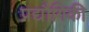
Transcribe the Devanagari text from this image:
प्रद्यौगिकी